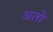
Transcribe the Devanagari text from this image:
अतो